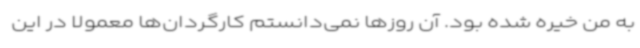
به من خیره شده بود. آن روزها نمی‌دانستم کارگردان‌ها معمولا در این